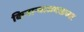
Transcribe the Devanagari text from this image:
किनार्‍याजवळच्या